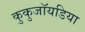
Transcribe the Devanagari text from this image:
कुकुजॉयडिया